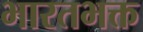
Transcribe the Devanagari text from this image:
भारतभक्त